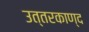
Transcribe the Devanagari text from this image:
उत्तरकाण्द